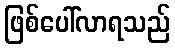
ဖြစ်ပေါ်လာရသည်